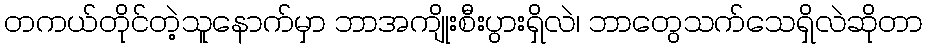
တကယ်တိုင်တဲ့သူနောက်မှာ ဘာအကျိုးစီးပွားရှိလဲ၊ ဘာတွေသက်သေရှိလဲဆိုတာ